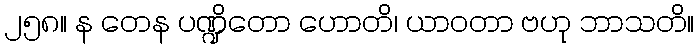
၂၅၈။ န တေန ပဏ္ဍိတော ဟောတိ၊ ယာဝတာ ဗဟု ဘာသတိ။